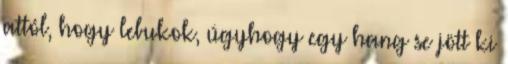
attól, hogy lebukok, úgyhogy egy hang se jött ki